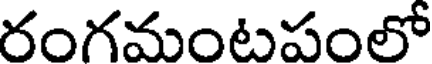
రంగమంటపంలో